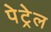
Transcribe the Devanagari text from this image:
पेट्रेल